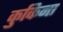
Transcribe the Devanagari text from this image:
कुकिना